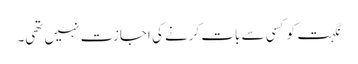
نگہت کو کسی سے بات کرنے کی اجازت نہیں تھی۔